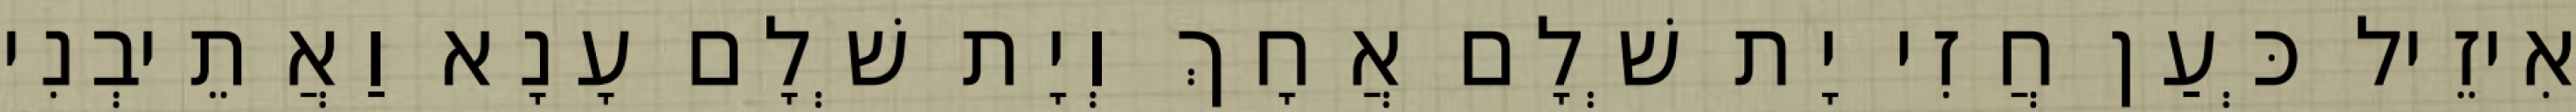
אִיזֵיל כְּעַן חֲזִי יָת שְׁלָם אֲחָךְ וְיָת שְׁלָם עָנָא וַאֲתֵיבְנִי